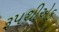
રૂપથીએક